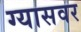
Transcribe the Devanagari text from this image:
ग्यासवर